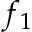
f _ { 1 }